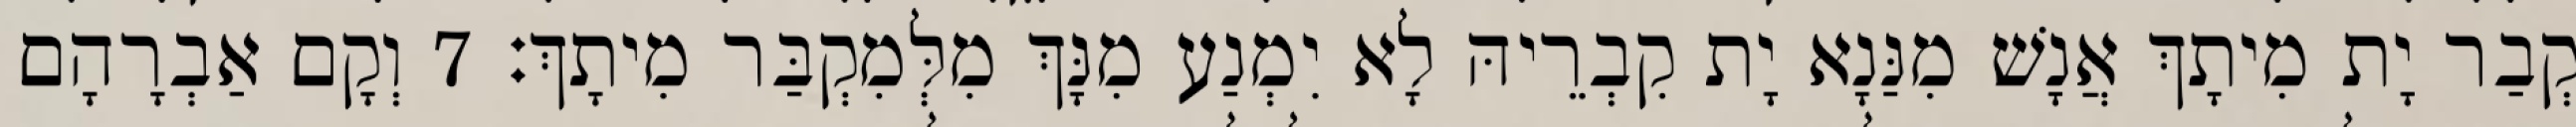
קְבַר יָת מִיתָךְ אֲנָשׁ מִנַּנָא יָת קִבְרֵיהּ לָא יִמְנַע מִנָּךְ מִלְּמִקְבַּר מִיתָךְ׃ 7 וְקָם אַבְרָהָם